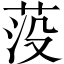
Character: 莈